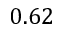
0 . 6 2